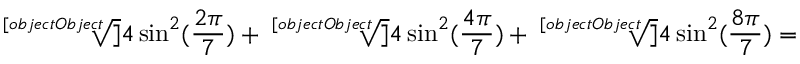
{ \sqrt [ [object Object] ] { 4 \sin ^ { 2 } ( { \frac { 2 \pi } { 7 } } ) } } + { \sqrt [ [object Object] ] { 4 \sin ^ { 2 } ( { \frac { 4 \pi } { 7 } } ) } } + { \sqrt [ [object Object] ] { 4 \sin ^ { 2 } ( { \frac { 8 \pi } { 7 } } ) } } =